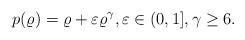
LaTeX: \begin{align*} p(\varrho)=\varrho+\varepsilon \varrho^\gamma, \varepsilon\in (0,1], \gamma\geq 6.\end{align*}